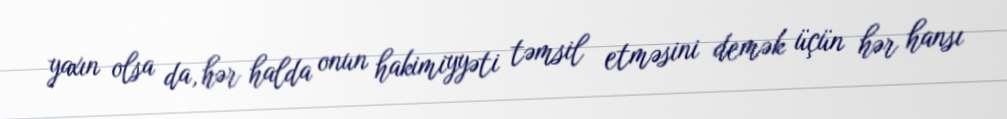
yaxın olsa da, hər halda onun hakimiyyəti təmsil etməsini demək üçün hər hansı